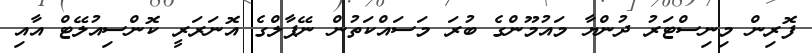
ފޮރިން މިނިސްޓަރު ދުންޔާ މައުމޫންގެ ބުރަ މަސައްކަތުން ނޭޕާލްގެ އޮނަރަރީ ކޮންސިއުލޭޓް އާއި